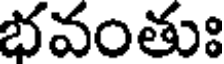
భవంతుః